Medical and sanitary report of the native army of Bengal for the year
Year: 1877
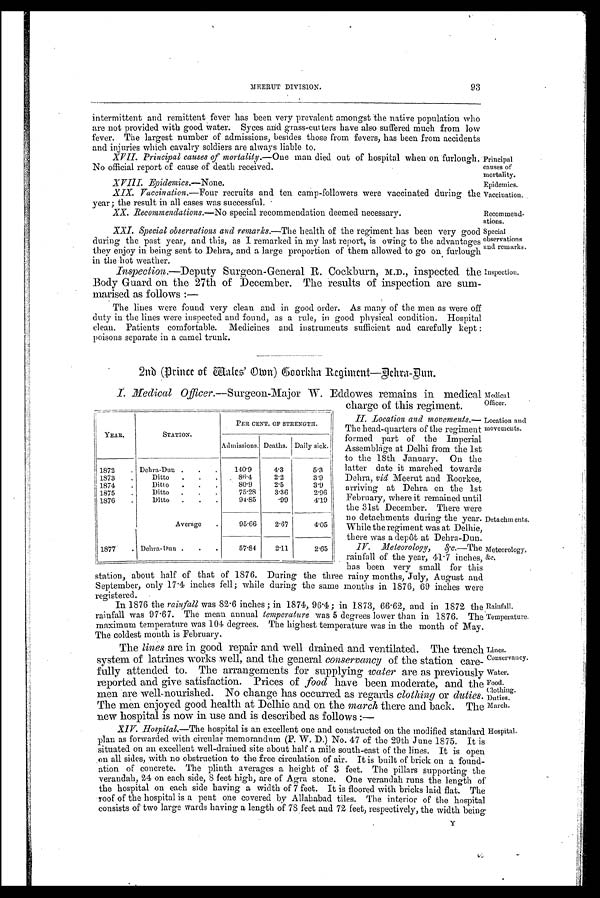
Location and
movements.
Detachments.
Meteorology,
&c.
Rainfall.
Temperature.
Principal
causes of
mortality.
Epidemics.
Vaccination.
Recommend-
ations.
Special
observations
and remarks.
Inspection.
Medical
Officer.
Lines.
Conservancy.
Water.
Food.
Clothing.
Duties.
March.
MEERUT DIVISION.
93
intermittent and remittent fever has been very prevalent amongst the native population who
are not provided with good water. Syces mid grass-cutters have also suffered much from low
fever. The largest number of admissions, besides those from fevers, has been from accidents
and injuries which cavalry soldiers are always liable to.
XV II. Principal causes of mortality.— One man died out of hospital when on furlough.
No official report of cause of death received.
X V I I I . E p i d e m i c s . —
N o n e .
XIX. Vaccination.—Four recruits and ten camp-followers were vaccinated during the
year; the result in all cases was successful.
XX. Recommendations.—No special recommendation deemed necessary.
XXI. Special observations and remarks.—The health of the regiment has been very good
during the past year, and this, as I remarked in my last report, is owing to the advantages
they enjoy in being sent to Dehra, and a large proportion of them allowed to go on furlough
in the hot weather.
Inspection.—Deputy Surgeon-General R. Cockburn, inspected the
Body Guard on the 27th of December. The results of inspection are sum-
marised as follows :
—
The lines were found very clean and in good order. As many of the men as were off
duty in the lines were inspected and found, as a rule, in good physical condition. Hospital
clean. Patients comfortable. Medicines and instruments sufficient and carefully kept :
poisons separate in a camel trunk.
2nd (Prince of Wales Own) Goorkha Regiment—Dehra-Dun.
I. Medical Officer.—Surgeon-Major W. Eddowes remains in medical
charge of this regiment.
II. Location and movements.—
The head-quarters of the regiment
formed part of the Imperial
Assemblage at Delhi from the 1st
to the 18th January. On the
latter date it marched towards
Dehra, viâ Meerut and Roorkee,
arriving at Dehra on the 1st
February, where it remained until
the 31st December. There were
no detachments during the year.
While the regiment was at Delhie,
there was a depôt at Debra-Dun.
IV. Meteorology, &c.—The
rainfall of the year, 41.7 inches,
has been very small for this
station, about half of that of 1876. During the three rainy months, July, August and
September, only 17.4 inches fell; while during the same months in 1876, 69 inches were
registered.
In 1876 the rainfall was 82.6 inches ; in 1874, 96.4 ; in 1873, 66.62, and in 1872 the
rainfall was 97.67. The mean annual temperature was 5 degrees lower than in 1876. The
maximum temperature was 104, degrees. The highest temperature was in the month of May.
The coldest month is February.
The lines are in good repair and well drained and ventilated. The trench
system of latrines works well, and the general conservancy of the station care-
fully attended to. The arrangements for supplying water are as previously
reported and give satisfaction. Prices of food have been moderate, and the
men are well-nourished. No change has occurred as regards clothing or duties.
The men enjoyed good health at Delhie and on the march there and back. The
new hospital is now in use and is described as follows :—
XI V. Hos pi t al . —T h e
h o s p i t a l i s a n e x c e l l e n t o n e a n d c o n s t r u c t e d o n t h e m o d i f i e d s t a n d a r d
plan as forwarded with circular memorandum (P. W. D.) No. 47 of the 29th June 1875. It is
situated on an excellent well-drained site about half a mile south-east of the It is open
on all sides, with no obstruction to the free circulation of air. It is built of brick on a found-
ation of concrete. The plinth averages a height of 3 feet. The pillars supporting the
verandah, 24 on each side, 8 feet high, are of Agra stone. One verandah runs the length of
the hospital on each side having a width of 7 feet. It is floored with bricks laid flat. The
roof of the hospital is a pent one covered by Allahabad tiles. The interior of the hospital
consists of two large wards having a length of 78 feet and 72 feet, respectively, the width being-
YEAR.
STATION.
PER CENT. OF STRENGTH.
Admissions. Deaths. Daily sick.
1872 . Dehra-Dun . . .
140.9
4.3
5.3
1873
.
Ditto . .
.
86.4
2.2
3.9
1874 .
Ditto . . .
80.9
2.5
3.9
1875
.
Ditto
. . .
75.28
3.36
2.96
1876 .
Ditto . . .
94.85
.99
4.19
Average .
95.66
2.67
4.05
1877 . Dehra-Dun . . .
57.84
2.11
2.65
Y
Hospital.